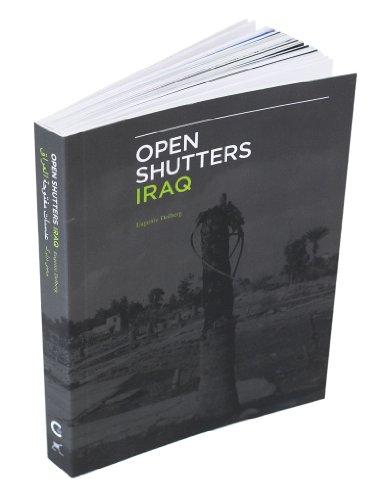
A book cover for Open Shutters Iraq; Eugenie Dolberg; Travel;